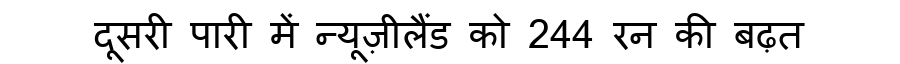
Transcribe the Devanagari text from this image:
दूसरी पारी में न्यूज़ीलैंड को 244 रन की बढ़त